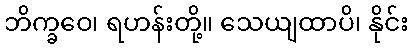
ဘိက္ခဝေ၊ ရဟန်းတို့။ သေယျထာပိ၊ နိုင်း